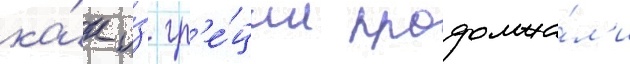
ка́к и́з гр'е́ции продолжа́л'и